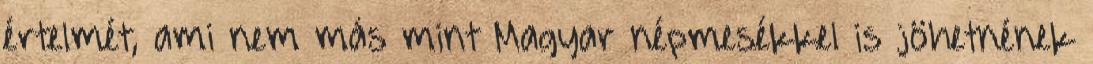
értelmét, ami nem más mint Magyar népmesékkel is jöhetnének